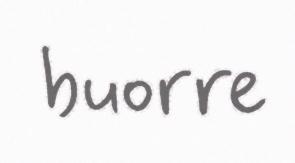
buorre